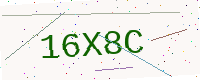
Text: 16X8C